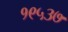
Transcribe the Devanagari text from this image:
१९५३७